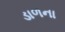
ડાળના